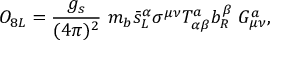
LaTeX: O _ { 8 L } = { \frac { g _ { s } } { ( 4 \pi ) ^ { 2 } } } ~ m _ { b } \bar { s } _ { L } ^ { \alpha } \sigma ^ { \mu \nu } T _ { \alpha \beta } ^ { a } b _ { R } ^ { \beta } ~ G _ { \mu \nu } ^ { a } ,